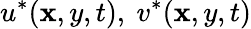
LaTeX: u^{*}(\mathbf{x},y,t),\ v^{*}(\mathbf{x},y,t)